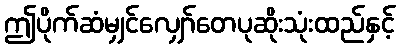
ဤပိုက်ဆံမျှင်လျှော်တေပုဆိုးသုံးထည်နှင့်